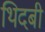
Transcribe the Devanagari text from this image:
थिदबी